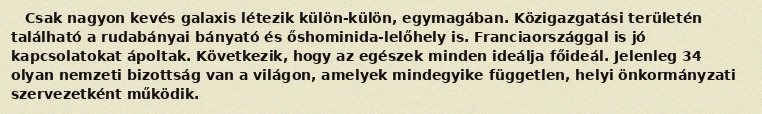
Csak nagyon kevés galaxis létezik külön-külön, egymagában. Közigazgatási területén található a rudabányai bányató és őshominida-lelőhely is. Franciaországgal is jó kapcsolatokat ápoltak. Következik, hogy az egészek minden ideálja főideál. Jelenleg 34 olyan nemzeti bizottság van a világon, amelyek mindegyike független, helyi önkormányzati szervezetként működik.